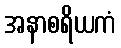
အနာစရိယကံ